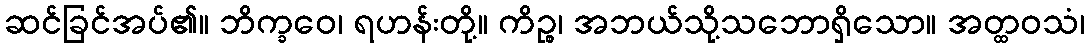
ဆင်ခြင်အပ်၏။ ဘိက္ခဝေ၊ ရဟန်းတို့။ ကိဉ္စ၊ အဘယ်သို့သဘောရှိသော။ အတ္ထဝသံ၊